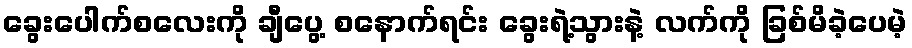
ခွေးပေါက်စလေးကို ချီပွေ့ စနောက်ရင်း ခွေးရဲ့သွားနဲ့ လက်ကို ခြစ်မိခဲ့ပေမဲ့